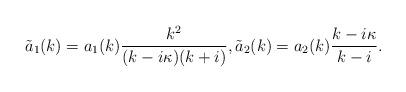
LaTeX: \begin{align*}\tilde{a}_1(k)=a_1(k)\frac{k^2}{(k-i\kappa)(k+i)}, \tilde{a}_2(k)=a_2(k)\frac{k-i\kappa}{k-i}.\end{align*}